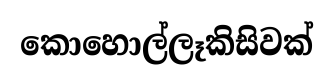
කොහොල්ලෑකිසිවක්